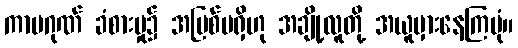
ကာမဂုဏ် ခံစားမှု၌ အပြစ်မရှိဟု အချို့လူတို့ အယူမှားနေကြပုံ။